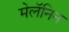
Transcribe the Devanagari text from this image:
मेलॅनिन